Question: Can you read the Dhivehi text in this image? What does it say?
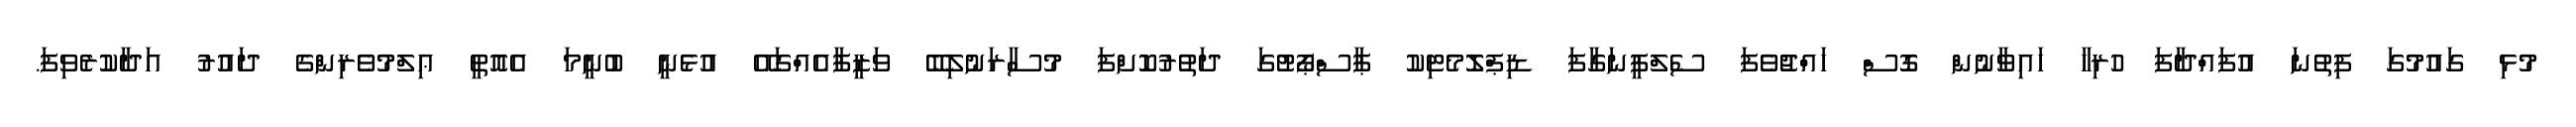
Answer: މުޅި ގައުމުގަ ފިތުނަ އުފައްދާފަ ހުރިހާ ހައިވާނުން ގޮސް ހައްޖުވެފަ ސެލްފީނަގާފަ ޑިޕްލޮމެޓިކު ޕާސްޕޯޓުގަ ދަތުރުކޮށްފަ މުސާރަނުލިބޭ ވަޒީފާއެއްގައޭ އުޅެނީ ބުނީމަ އެއޮތީ ޢިލްމުވެރިންގެ ދައުރު އަދާކުރެވިފަ.